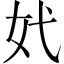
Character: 㚤